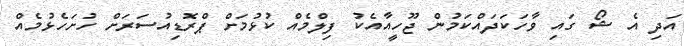
އަދި އެ ޝޯ ގައި ވާހަކަދައްކަމުން ޖޫހީއާއެކު ފިލްމެއް ކުޅުމަށް ޕްރޮޑިއުސަރަށް ހުށަހެޅުމެއް